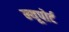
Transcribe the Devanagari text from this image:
न्‍यूपोर्ट